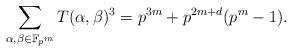
LaTeX: \begin{align*}\sum_{\alpha,\beta\in\mathbb{F}_{p^m}}T(\alpha,\beta)^3=p^{3m}+p^{2m+d}(p^m-1).\end{align*}